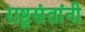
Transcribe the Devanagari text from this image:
राष्ट्रसंतांनी